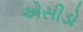
એસીડો